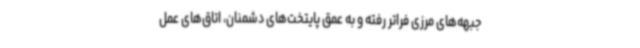
جبهه‌های مرزی فراتر رفته و به عمق پایتخت‌های دشمنان، اتاق‌های عمل